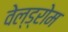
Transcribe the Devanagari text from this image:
वेल्ड्रोम